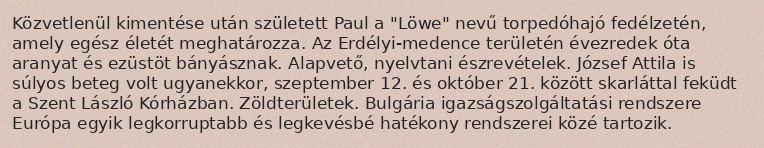
Közvetlenül kimentése után született Paul a "Löwe" nevű torpedóhajó fedélzetén, amely egész életét meghatározza. Az Erdélyi-medence területén évezredek óta aranyat és ezüstöt bányásznak. Alapvető, nyelvtani észrevételek. József Attila is súlyos beteg volt ugyanekkor, szeptember 12. és október 21. között skarláttal feküdt a Szent László Kórházban. Zöldterületek. Bulgária igazságszolgáltatási rendszere Európa egyik legkorruptabb és legkevésbé hatékony rendszerei közé tartozik.